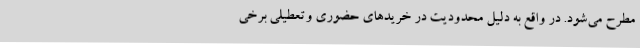
مطرح می‌شود. در واقع به دلیل محدودیت در خریدهای حضوری وتعطیلی برخی